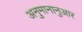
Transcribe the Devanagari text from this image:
अनुमानानुआर